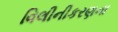
વિલીનીકરણના